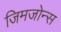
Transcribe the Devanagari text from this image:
जिमजोन्स